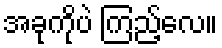
အခုကိုပဲ ကြည့်လေ။